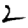
Digit: 2